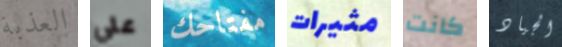
العذبة علي مفتاحك مثيرات كانت الجياد